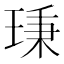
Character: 𤦋